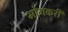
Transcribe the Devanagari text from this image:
भोगकरी